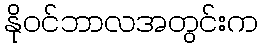
နိုဝင်ဘာလအတွင်းက